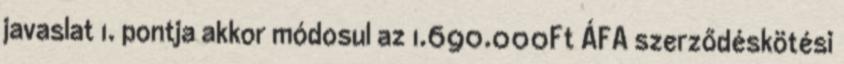
javaslat 1. pontja akkor módosul az 1.690.000Ft ÁFA szerződéskötési